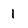
Character: 1